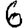
Digit: 6